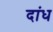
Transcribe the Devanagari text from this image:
दांध